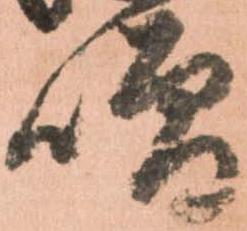
噌